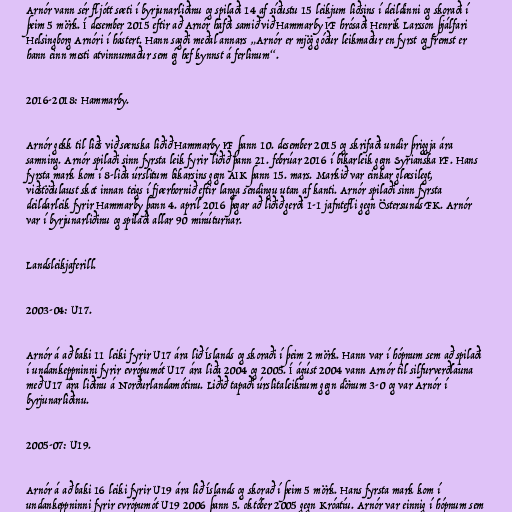
Arnór vann sér fljótt sæti í byrjunarliðinu og spilaði 14 af síðustu 15 leikjum liðsins í deildinni og skoraði í
þeim 5 mörk. Í desember 2015 eftir að Arnór hafði samið við Hammarby IF hrósaði Henrik Larsson þjálfari
Helsingborg Arnóri í hástert. Hann sagði meðal annars „Arnór er mjög góður leikmaður en fyrst og fremst er
hann einn mesti atvinnumaður sem ég hef kynnst á ferlinum“.

2016-2018: Hammarby.

Arnór gekk til liðs við sænska liðið Hammarby IF þann 10. desember 2015 og skrifaði undir þriggja ára
samning. Arnór spilaði sinn fyrsta leik fyrir liðið þann 21. febrúar 2016 í bikarleik gegn Syrianska IF. Hans
fyrsta mark kom í 8-liða úrslitum bikarsins gegn AIK þann 15. mars. Markið var einkar glæsilegt,
viðstöðulaust skot innan teigs í fjærhornið eftir langa sendingu utan af kanti. Arnór spilaði sinn fyrsta
deildarleik fyrir Hammarby þann 4. apríl 2016 þegar að liðið gerði 1-1 jafntefli gegn Östersunds FK. Arnór
var í byrjunarliðinu og spilaði allar 90 mínúturnar.

Landsleikjaferill.

2003-04: U17.

Arnór á að baki 11 leiki fyrir U17 ára lið Íslands og skoraði í þeim 2 mörk. Hann var í hópnum sem að spilaði
í undankeppninni fyrir evrópumót U17 ára liða 2004 og 2005. Í ágúst 2004 vann Arnór til silfurverðlauna
með U17 ára liðinu á Norðurlandamótinu. Liðið tapaði úrslitaleiknum gegn dönum 3-0 og var Arnór í
byrjunarliðinu.

2005-07: U19.

Arnór á að baki 16 leiki fyrir U19 ára lið Íslands og skorað í þeim 5 mörk. Hans fyrsta mark kom í
undankeppninni fyrir evrópumót U19 2006 þann 5. október 2005 gegn Króatíu. Arnór var einnig í hópnum sem